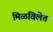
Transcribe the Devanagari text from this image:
मिळविलेत